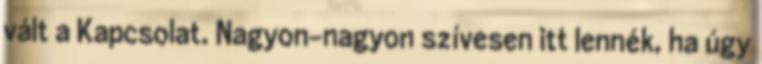
vált a Kapcsolat. Nagyon-nagyon szívesen itt lennék, ha úgy